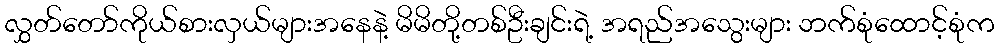
လွှတ်တော်ကိုယ်စားလှယ်များအနေနဲ့ မိမိတို့တစ်ဦးချင်းရဲ့ အရည်အသွေးများ ဘက်စုံထောင့်စုံက